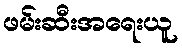
ဖမ်းဆီးအရေးယူ